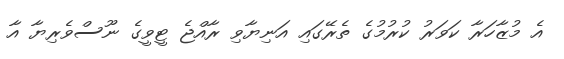
އެ މުޒާހަރާ ކަވަރު ކުރުމުގެ ތެރޭގައި އަނިޔާވި ރާއްޖެ ޓީވީގެ ނޫސްވެރިޔާ އާ